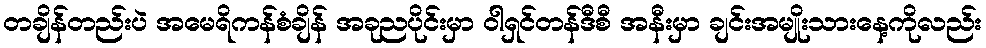
တချိန်တည်းပဲ အမေရိကန်စံချိန် အခုညပိုင်းမှာ ဝါရှင်တန်ဒီစီ အနီးမှာ ချင်းအမျိုးသားနေ့ကိုလည်း